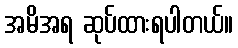
အမိအရ ဆုပ်ထားရပါတယ်။